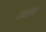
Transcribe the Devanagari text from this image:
रक्षाम